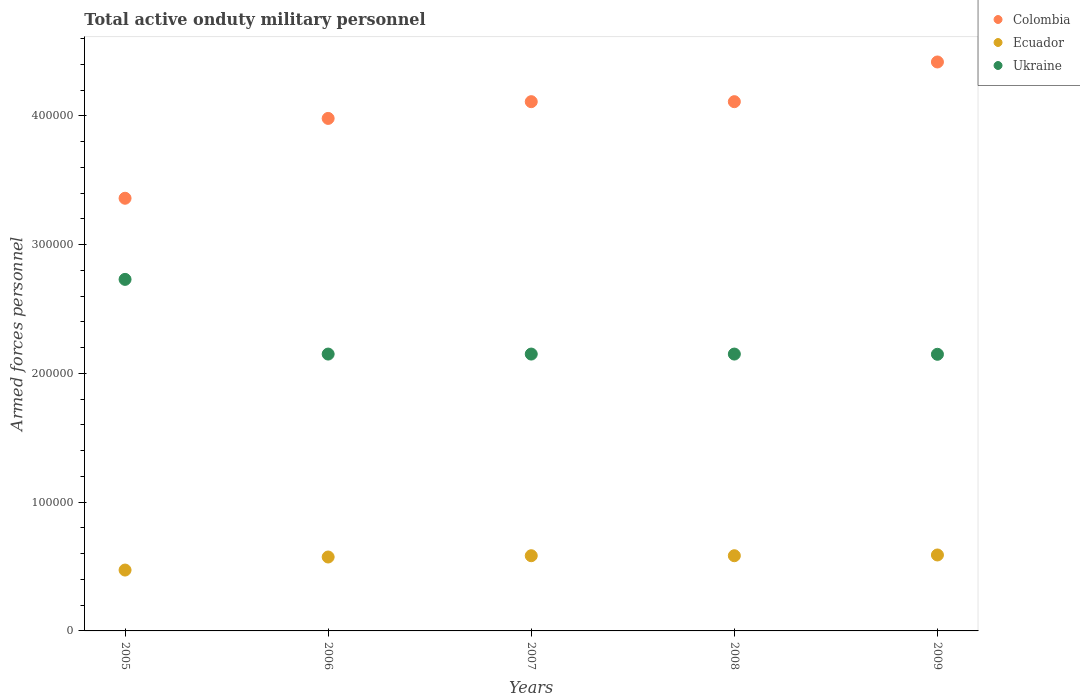
| Years | Colombia | Ecuador | Ukraine |
 | --- | --- | --- | --- |
 | 2005 | 3.36e+05 | 4.73e+04 | 2.73e+05 |
 | 2006 | 3.98e+05 | 5.74e+04 | 2.15e+05 |
 | 2007 | 4.11e+05 | 5.84e+04 | 2.15e+05 |
 | 2008 | 4.11e+05 | 5.84e+04 | 2.15e+05 |
 | 2009 | 4.42e+05 | 5.9e+04 | 2.15e+05 |